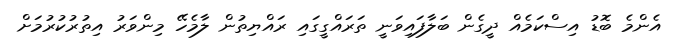
އެންމެ ބޮޑު އިސްކަމެއް ދީގެން ބަލާފައިވަނީ ތަރައްގީގައި ރައްޔިތުން ލާމެހޭ މިންވަރު އިތުރުކުރުމަށް